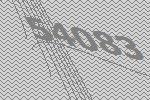
54083